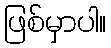
ဖြစ်မှာပါ။